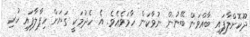
ދޫކޮށްލާފައި ބާއްވަން ބޭނުން ނުވާކަން ހާމަވެއެވެ. އެ ހެދުމަކީ ގަޔަށް ހިފާލާފައި ހުރި